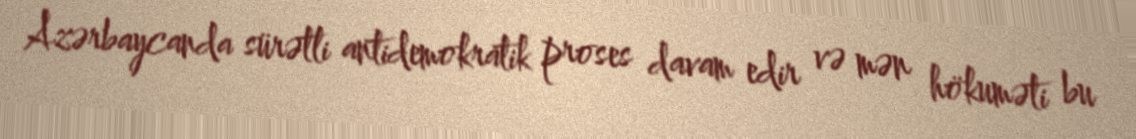
Azərbaycanda sürətli antidemokratik proses davam edir və mən hökuməti bu